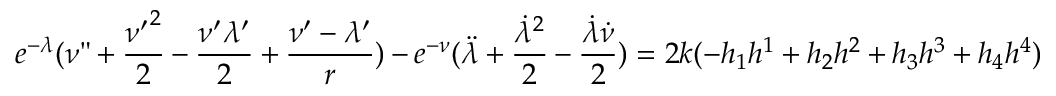
e ^ { - { \lambda } } ( { \nu } " + \frac { { { \nu } ^ { \prime } } ^ { 2 } } { 2 } - \frac { { \nu } ^ { \prime } { \lambda } ^ { \prime } } { 2 } + \frac { { \nu } ^ { \prime } - { \lambda } ^ { \prime } } { r } ) - e ^ { - { \nu } } ( \ddot { \lambda } + \frac { { \dot { \lambda } } ^ { 2 } } { 2 } - \frac { \dot { \lambda } \dot { \nu } } { 2 } ) = 2 k ( - h _ { 1 } h ^ { 1 } + h _ { 2 } h ^ { 2 } + h _ { 3 } h ^ { 3 } + h _ { 4 } h ^ { 4 } )